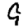
Digit: 9